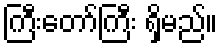
ကြီးတော်ကြီး ရှိမည်။